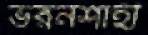
ভরনশাহী